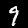
Label: 9